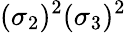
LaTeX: (\sigma_{2})^{2}(\sigma_{3})^{2}